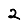
Digit: 2